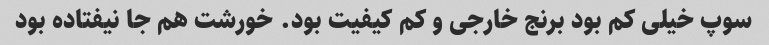
سوپ خیلی کم بود برنج خارجی و کم کیفیت بود. خورشت هم جا نیفتاده بود